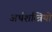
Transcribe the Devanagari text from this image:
अर्थशस्त्रियो